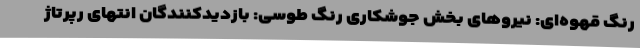
رنگ قهوه‌ای: نیروهای بخش جوشکاری رنگ طوسی: بازدیدکنندگان انتهای رپرتاژ